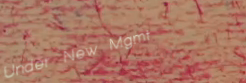
Under New Mgmt